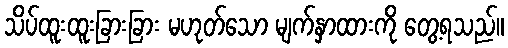
သိပ်ထူးထူးခြားခြား မဟုတ်သော မျက်နှာထားကို တွေ့ရသည်။